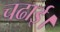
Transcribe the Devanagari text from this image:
चढाई।